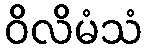
ဝိလိမံသံ